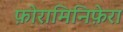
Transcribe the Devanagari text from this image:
फ़ोरामिनिफ़ेरा